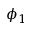
\phi _ { 1 }